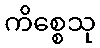
ကိစ္စေသု